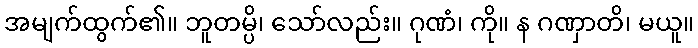
အမျက်ထွက်၏။ ဘူတမ္ပိ၊ သော်လည်း။ ဂုဏံ၊ ကို။ န ဂဏှာတိ၊ မယူ။